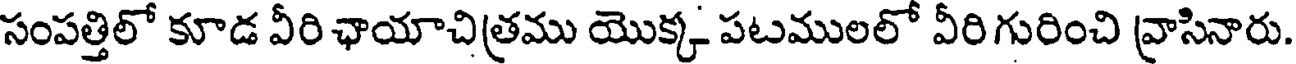
సంపత్తిలో కూడ వీరి ఛాయాచిత్రము యొక్క పటములలో వీరి గురించి వ్రాసినారు.